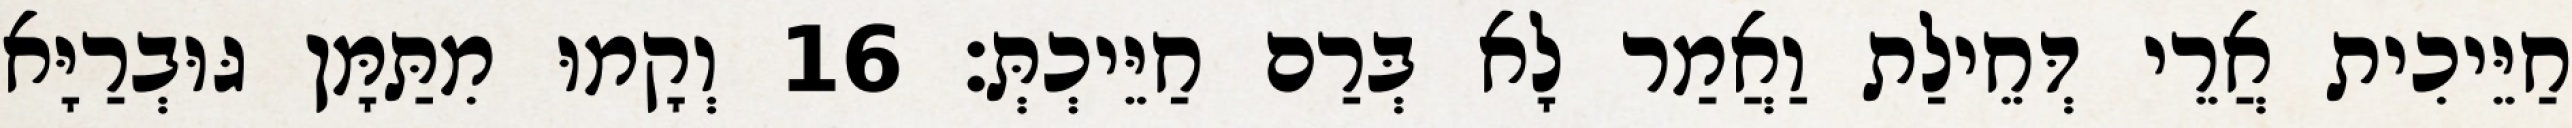
חַיֵּיכִית אֲרֵי דְּחֵילַת וַאֲמַר לָא בְּרַם חַיֵּיכְתְּ׃ 16 וְקָמוּ מִתַּמָּן גּוּבְרַיָּא